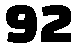
92